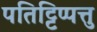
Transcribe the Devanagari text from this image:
पतिट्टिप्पत्तु